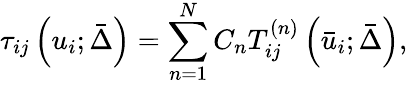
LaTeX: {\tau_{ij}}\left({{u_{i}};\bar{\Delta}}\right)=\sum_{n=1}^{N}{{C_{n}}T_{ij}^{\left(n\right)}\left({{{\bar{u}}_{i}};\bar{\Delta}}\right)},